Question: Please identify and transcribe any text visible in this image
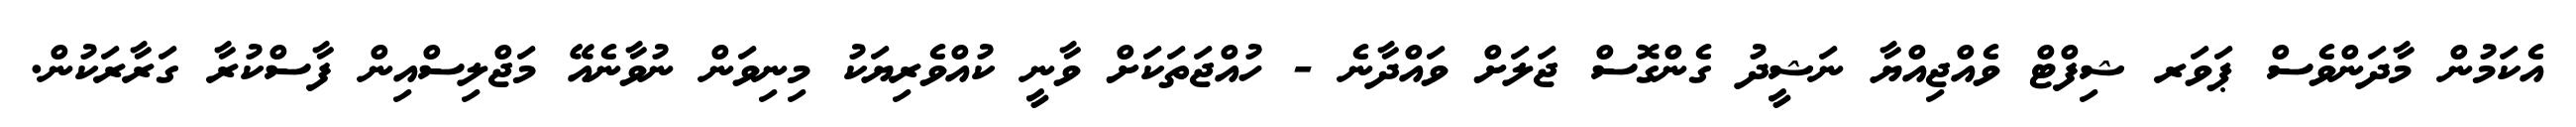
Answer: އެކަމުން މާދަންވެސް ޕަވަރ ޝިފްޓް ވެއްޖިއްޔާ ނަޝީދު ގެންގޮސް ޖަލަށް ވައްދާނެ - ހުއްޖަތަކަށް ވާނީ ކުއްވެރިޔަކު މިނިވަން ނުވާނެއޭ މަޖްލިސްއިން ފާސްކުރާ ގަރާރަކުން.